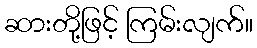
ဆားတို့ဖြင့် ကြမ်းလျက်။